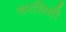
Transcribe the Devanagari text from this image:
कासिमी